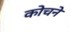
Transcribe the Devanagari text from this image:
कोचने